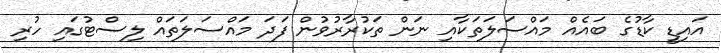
އައިޑީ ކާޑުގެ ބައެއް މައްސަލަތަކާއި ނަން ތަކުރާރުވުން ފަދަ މައްސަލަތައް ލިސްޓުގައި ހުރި